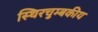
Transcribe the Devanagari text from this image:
स्थिरचुम्बकीय